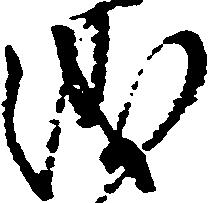
儀